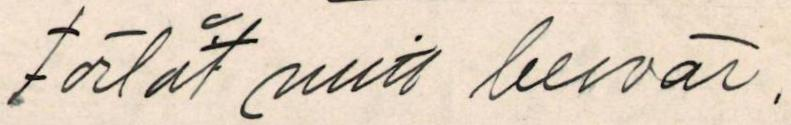
Förlåt mitt besvär.